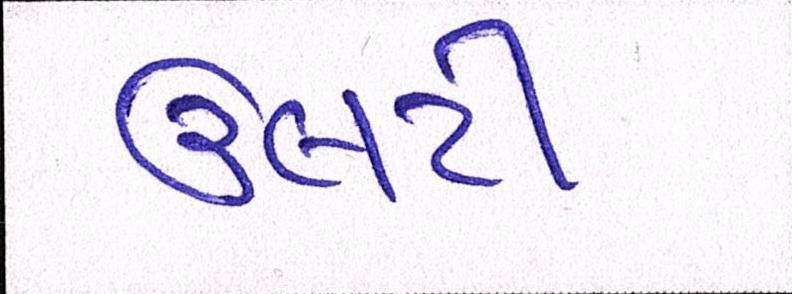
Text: ઉલટી